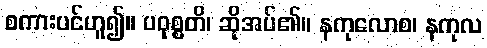
စကားပင်ဟူ၍။ ပဝုစ္စတိ၊ ဆိုအပ်၏။ နကုလောစ၊ နကုလ